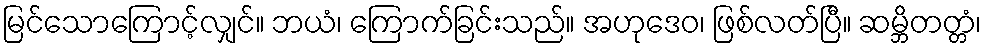
မြင်သောကြောင့်လျှင်။ ဘယံ၊ ကြောက်ခြင်းသည်။ အဟုဒေဝ၊ ဖြစ်လတ်ပြီ။ ဆမ္ဘိတတ္တံ၊